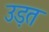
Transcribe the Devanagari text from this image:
उड़त